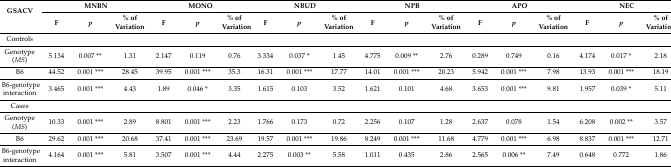
<table><thead><tr><td rowspan="2"><b>GSACV</b></td><td colspan="3"><b>MNBN</b></td><td colspan="3"><b>MONO</b></td><td colspan="3"><b>NBUD</b></td><td colspan="3"><b>NPB</b></td><td colspan="3"><b>APO</b></td><td colspan="3"><b>NEC</b></td></tr><tr><td><b>F</b></td><td><b><i>p</i></b></td><td><b>% of Variation</b></td><td><b>F</b></td><td><b><i>p</i></b></td><td><b>% of Variation</b></td><td><b>F</b></td><td><b><i>p</i></b></td><td><b>% of Variation</b></td><td><b>F</b></td><td><b><i>p</i></b></td><td><b>% of Variation</b></td><td><b>F</b></td><td><b><i>p</i></b></td><td><b>% of Variation</b></td><td><b>F</b></td><td><b><i>p</i></b></td><td><b>% of Variation</b></td></tr></thead><tbody><tr><td>Controls</td><td></td><td></td><td></td><td></td><td></td><td></td><td></td><td></td><td></td><td></td><td></td><td></td><td></td><td></td><td></td><td></td><td></td><td></td></tr><tr><td>Genotype (<i>MS</i>)</td><td>5.134</td><td>0.007 **</td><td>1.31</td><td>2.147</td><td>0.119</td><td>0.76</td><td>3.334</td><td>0.037 *</td><td>1.45</td><td>4.775</td><td>0.009 **</td><td>2.76</td><td>0.289</td><td>0.749</td><td>0.16</td><td>4.174</td><td>0.017 *</td><td>2.18</td></tr><tr><td>B6</td><td>44.52</td><td>0.001 ***</td><td>28.45</td><td>39.95</td><td>0.001 ***</td><td>35.3</td><td>16.31</td><td>0.001 ***</td><td>17.77</td><td>14.01</td><td>0.001 ***</td><td>20.23</td><td>5.942</td><td>0.001 ***</td><td>7.98</td><td>13.93</td><td>0.001 ***</td><td>18.19</td></tr><tr><td>B6-genotype interaction</td><td>3.465</td><td>0.001 ***</td><td>4.43</td><td>1.89</td><td>0.046 *</td><td>3.35</td><td>1.615</td><td>0.103</td><td>3.52</td><td>1.621</td><td>0.101</td><td>4.68</td><td>3.653</td><td>0.001 ***</td><td>9.81</td><td>1.957</td><td>0.039 *</td><td>5.11</td></tr><tr><td>Cases</td><td></td><td></td><td></td><td></td><td></td><td></td><td></td><td></td><td></td><td></td><td></td><td></td><td></td><td></td><td></td><td></td><td></td><td></td></tr><tr><td>Genotype (<i>MS</i>)</td><td>10.33</td><td>0.001 ***</td><td>2.89</td><td>8.801</td><td>0.001 ***</td><td>2.23</td><td>1.766</td><td>0.173</td><td>0.72</td><td>2.256</td><td>0.107</td><td>1.28</td><td>2.637</td><td>0.078</td><td>1.54</td><td>6.208</td><td>0.002 **</td><td>3.57</td></tr><tr><td>B6</td><td>29.62</td><td>0.001 ***</td><td>20.68</td><td>37.41</td><td>0.001 ***</td><td>23.69</td><td>19.57</td><td>0.001 ***</td><td>19.86</td><td>8.249</td><td>0.001 ***</td><td>11.68</td><td>4.779</td><td>0.001 ***</td><td>6.98</td><td>8.837</td><td>0.001 ***</td><td>12.71</td></tr><tr><td>B6-genotype interaction</td><td>4.164</td><td>0.001 ***</td><td>5.81</td><td>3.507</td><td>0.001 ***</td><td>4.44</td><td>2.275</td><td>0.003 **</td><td>5.58</td><td>1.011</td><td>0.435</td><td>2.86</td><td>2.565</td><td>0.006 **</td><td>7.49</td><td>0.648</td><td>0.772</td><td>1.86</td></tr></tbody></table>